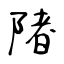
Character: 陼